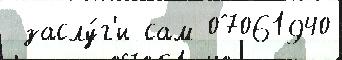
 заслу́г'и сам 07061940